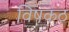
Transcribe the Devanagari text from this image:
विषकंठ